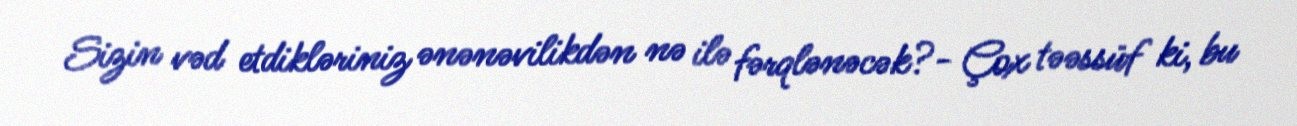
Sizin vəd etdikləriniz ənənəvilikdən nə ilə fərqlənəcək?- Çox təəssüf ki, bu